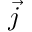
\vec { j }